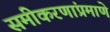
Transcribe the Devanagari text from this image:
समीकरणांप्रमाणे